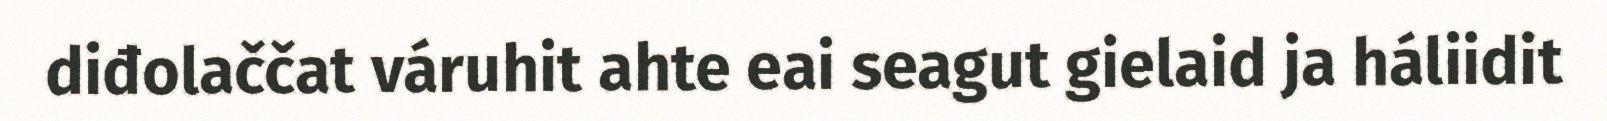
diđolaččat váruhit ahte eai seagut gielaid ja háliidit